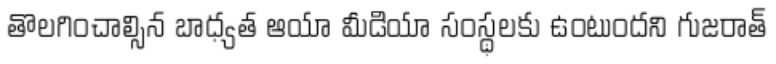
తొలగించాల్సిన బాధ్యత ఆయా మీడియా సంస్థలకు ఉంటుందని గుజరాత్